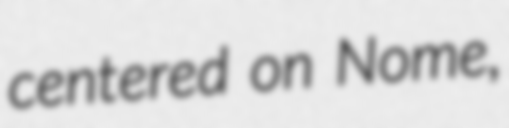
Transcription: centered on Nome,